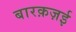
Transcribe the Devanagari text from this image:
बारक़ज़ई